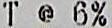
T @ 6%